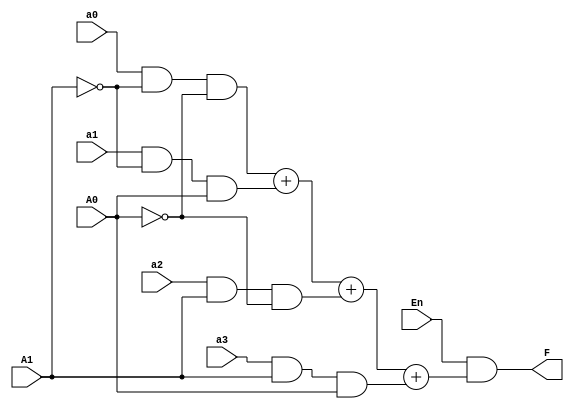
`timescale 1ns / 1ps
//////////////////////////////////////////////////////////////////////////////////
// Company: 
// Engineer: 
// 
// Design Name: 
// Module Name: select
// Project Name: 
// Target Devices: 
// Tool Versions: 
// Description: 
// 
// Dependencies: 
// 
// Revision:
// Revision 0.01 - File Created
// Additional Comments:
// 
//////////////////////////////////////////////////////////////////////////////////


module select(
    input En,
    input A1,
    input A0,
    input a0,
    input a1,
    input a2,
    input a3,
    output F
    );
    assign F=(En)&((a0&(~A1)&(~A0))+(a1&(~A1)&A0)+(a2&A1&(~A0))+(a3&A1&A0));
endmodule